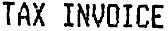
TAX INVOICE